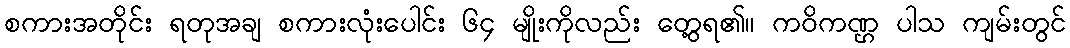
စကားအတိုင်း ရတုအချ စကားလုံးပေါင်း ၆၄ မျိုးကိုလည်း တွေ့ရ၏။ ကဝိကဏ္ဌ ပါသ ကျမ်းတွင်